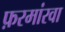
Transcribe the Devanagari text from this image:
फ़रमांरवा